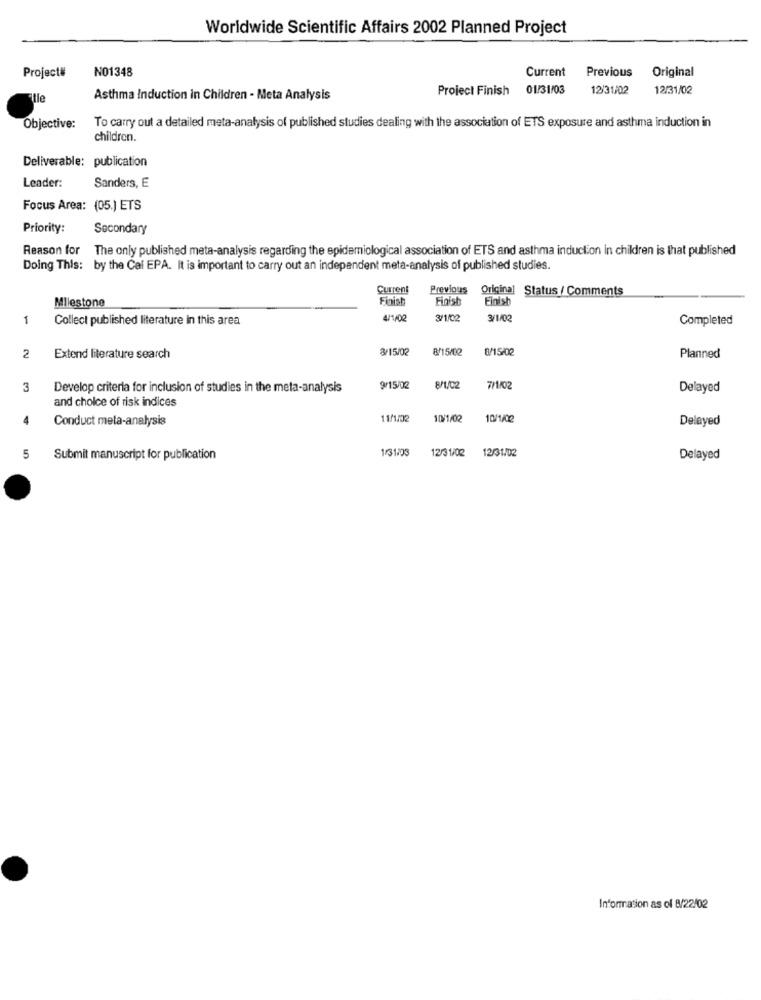
Worldwide Scientific Affairs 2002 Planned Project
Project#
NO1348
Current
Previous
Original
Project Finish
01/31/03
12/31/02
12/31/02
Asthma Induction in Children - Meta Analysis
To carry out a detailed meta-analysis of published studies dealing with the association of ETS exposure and asthma induction in
Objective:
children.
Deliverable: publication
Leader:
Sanders, E
Focus Area: (05.) ETS
Priority:
Secondary
Reason for The only published meta-analysis regarding the epidemiological association of ETS and asthma induction in children is that published
Doing This: by the Cal EPA. It is important to carry out an independent meta-analysis of published studies.
Current
Previous
Original Status / Comments
Milestone
Finish
Finish
Finish
1
Collect published literature in this area
4/1/02
3/1/02
3/1/02
Completed
3/15/08
8/15/02
8/15/02
2
Extend literature search
Planned
3
Develop criteria for inclusion of studies in the meta-analysis
9/15/02
8/1/02
7/1/02
Delayed
and choice of risk indices
Conduct meta-analysis
11/1/02
10/1/02
10/1/02
Delayed
1/31:33
12/31/02
12/31/02
5
Submit manuscript for publication
Delayed
Information as of 8/22/02